65_HS1-834228961_62-HQ-83894_Section_10
Agency: FBI
Page 61
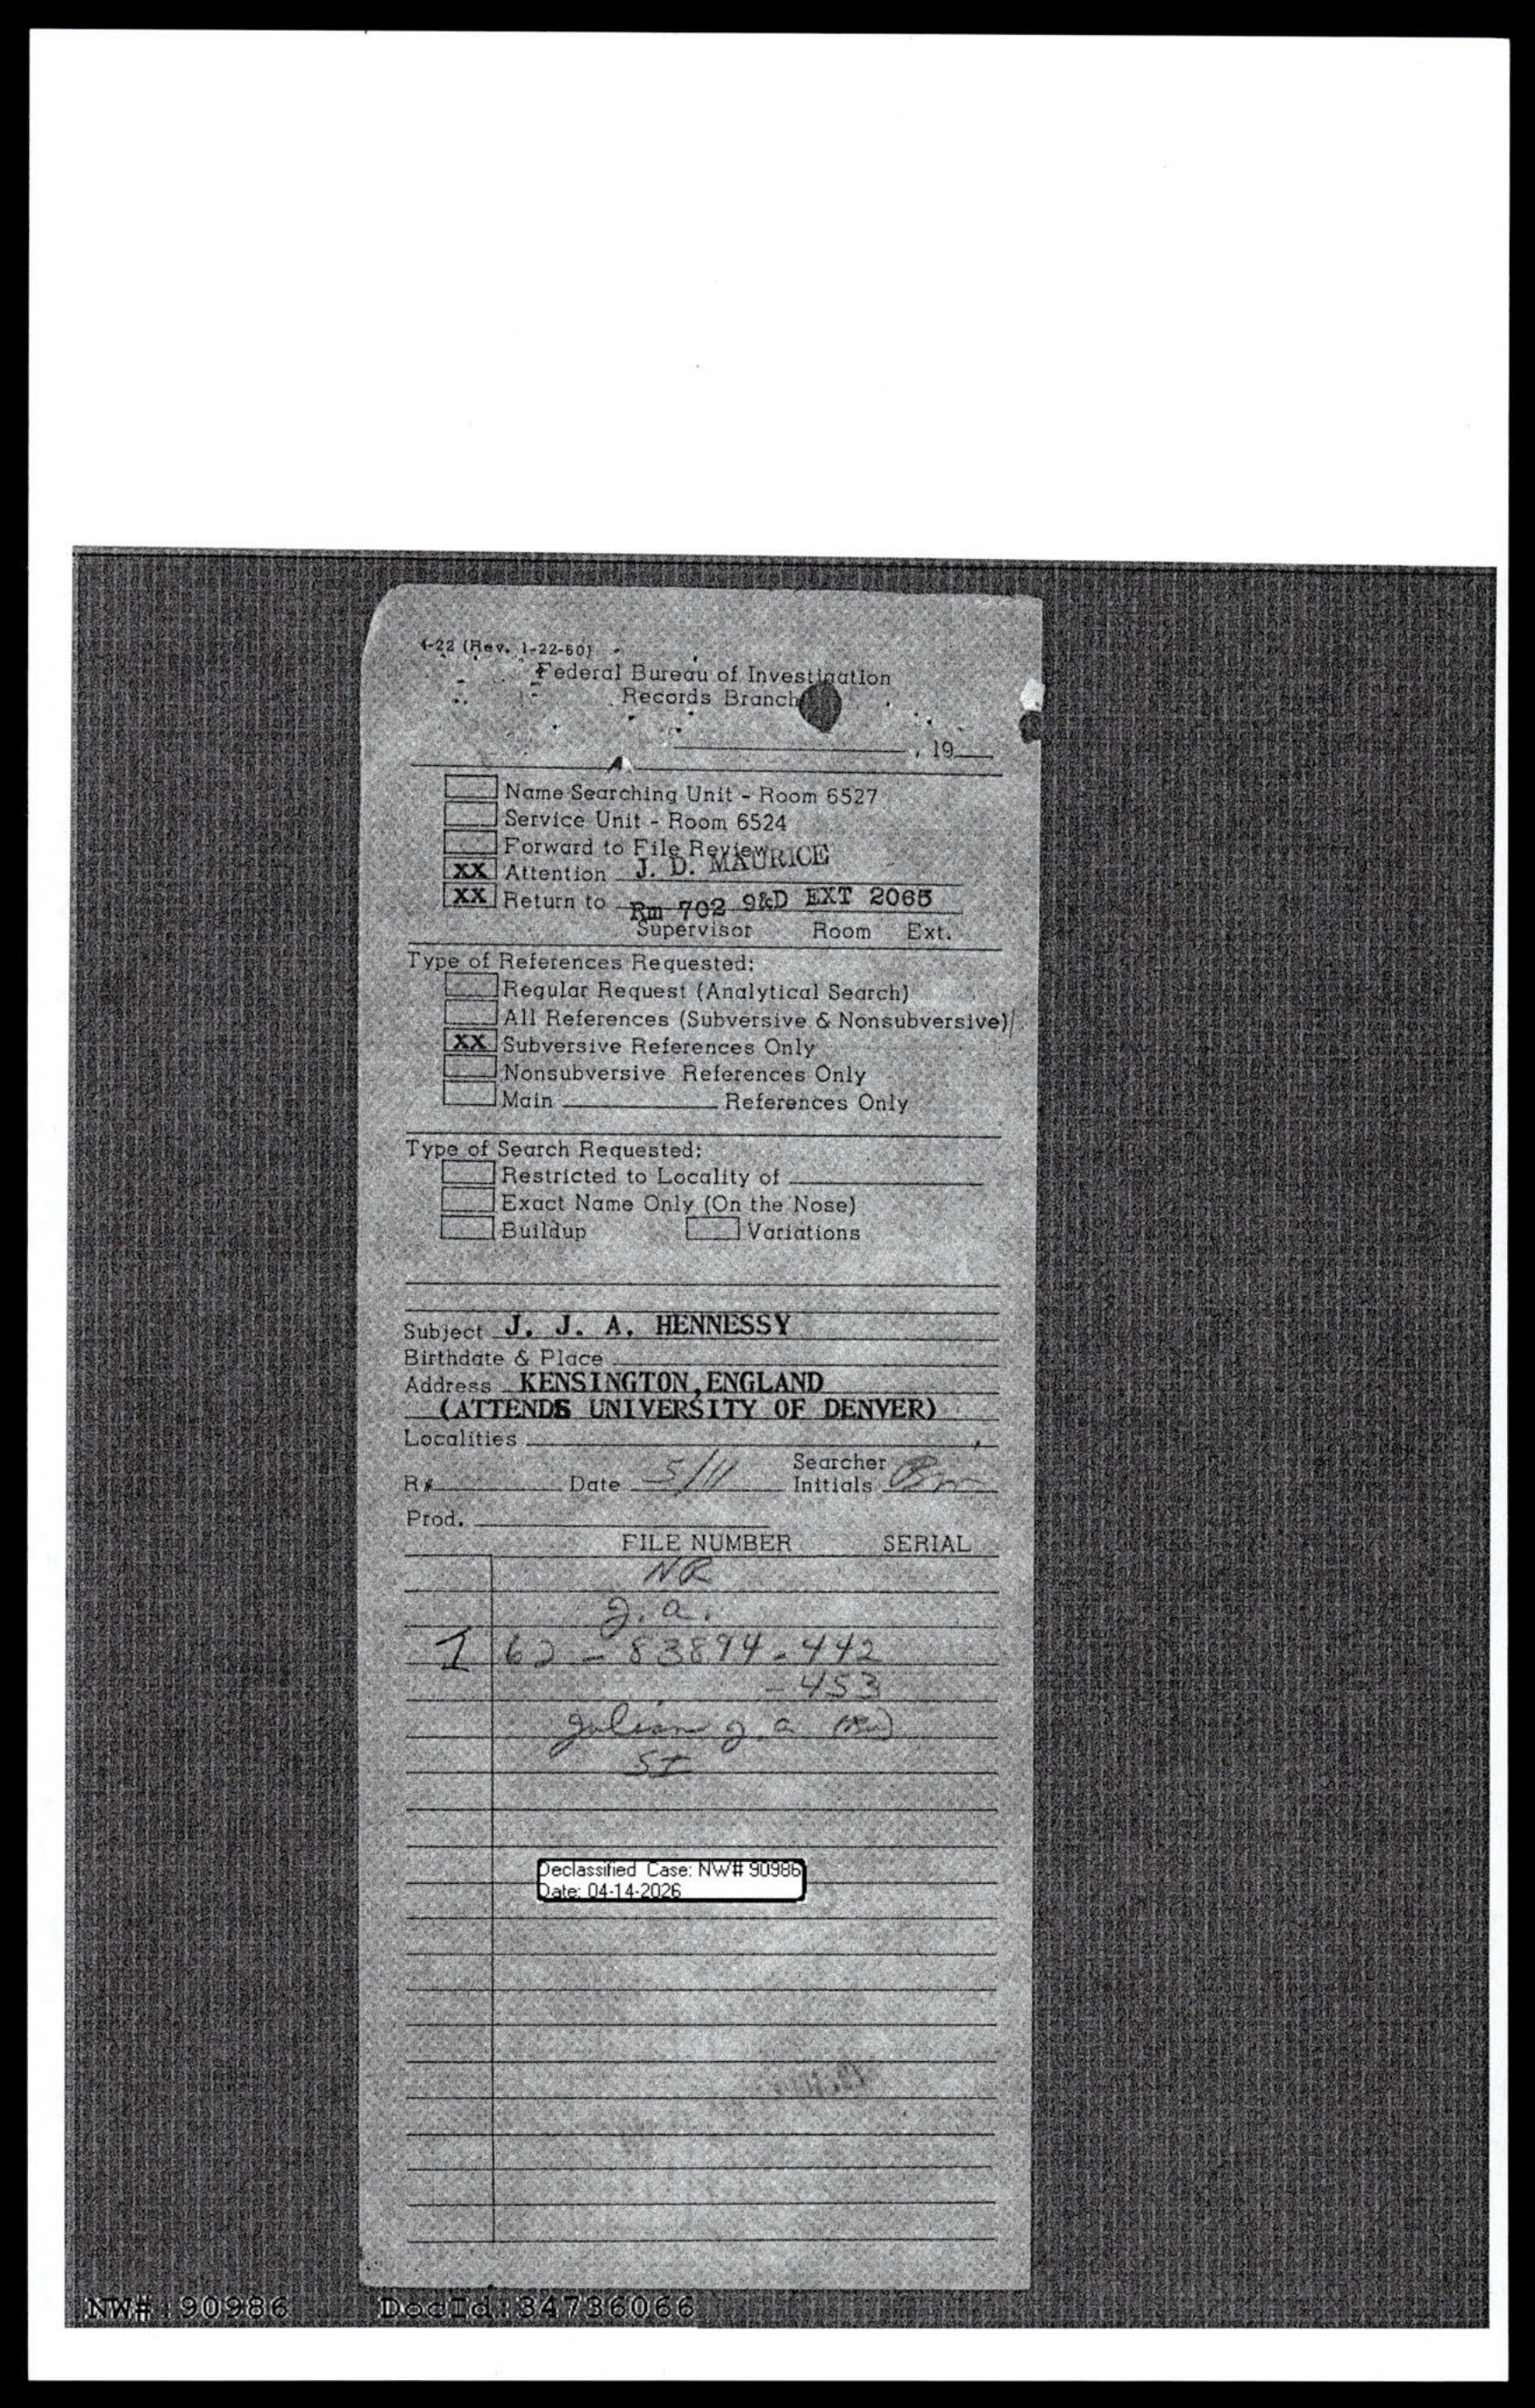